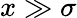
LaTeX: x\gg\sigma